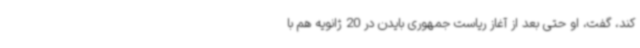
کند، گفت، او حتی بعد از آغاز ریاست جمهوری بایدن در 20 ژانویه هم با